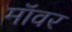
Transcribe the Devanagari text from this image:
मॉवर